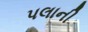
પલાની